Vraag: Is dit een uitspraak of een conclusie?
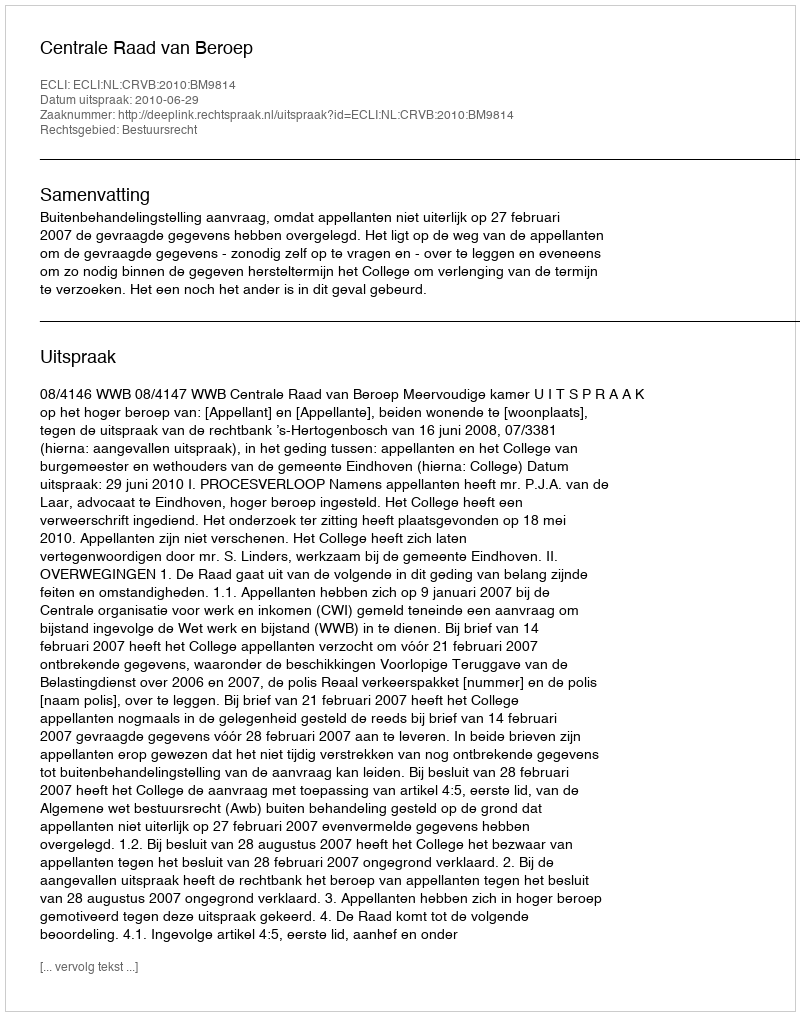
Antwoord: Uitspraak